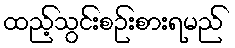
ထည့်သွင်းစဉ်းစားရမည်